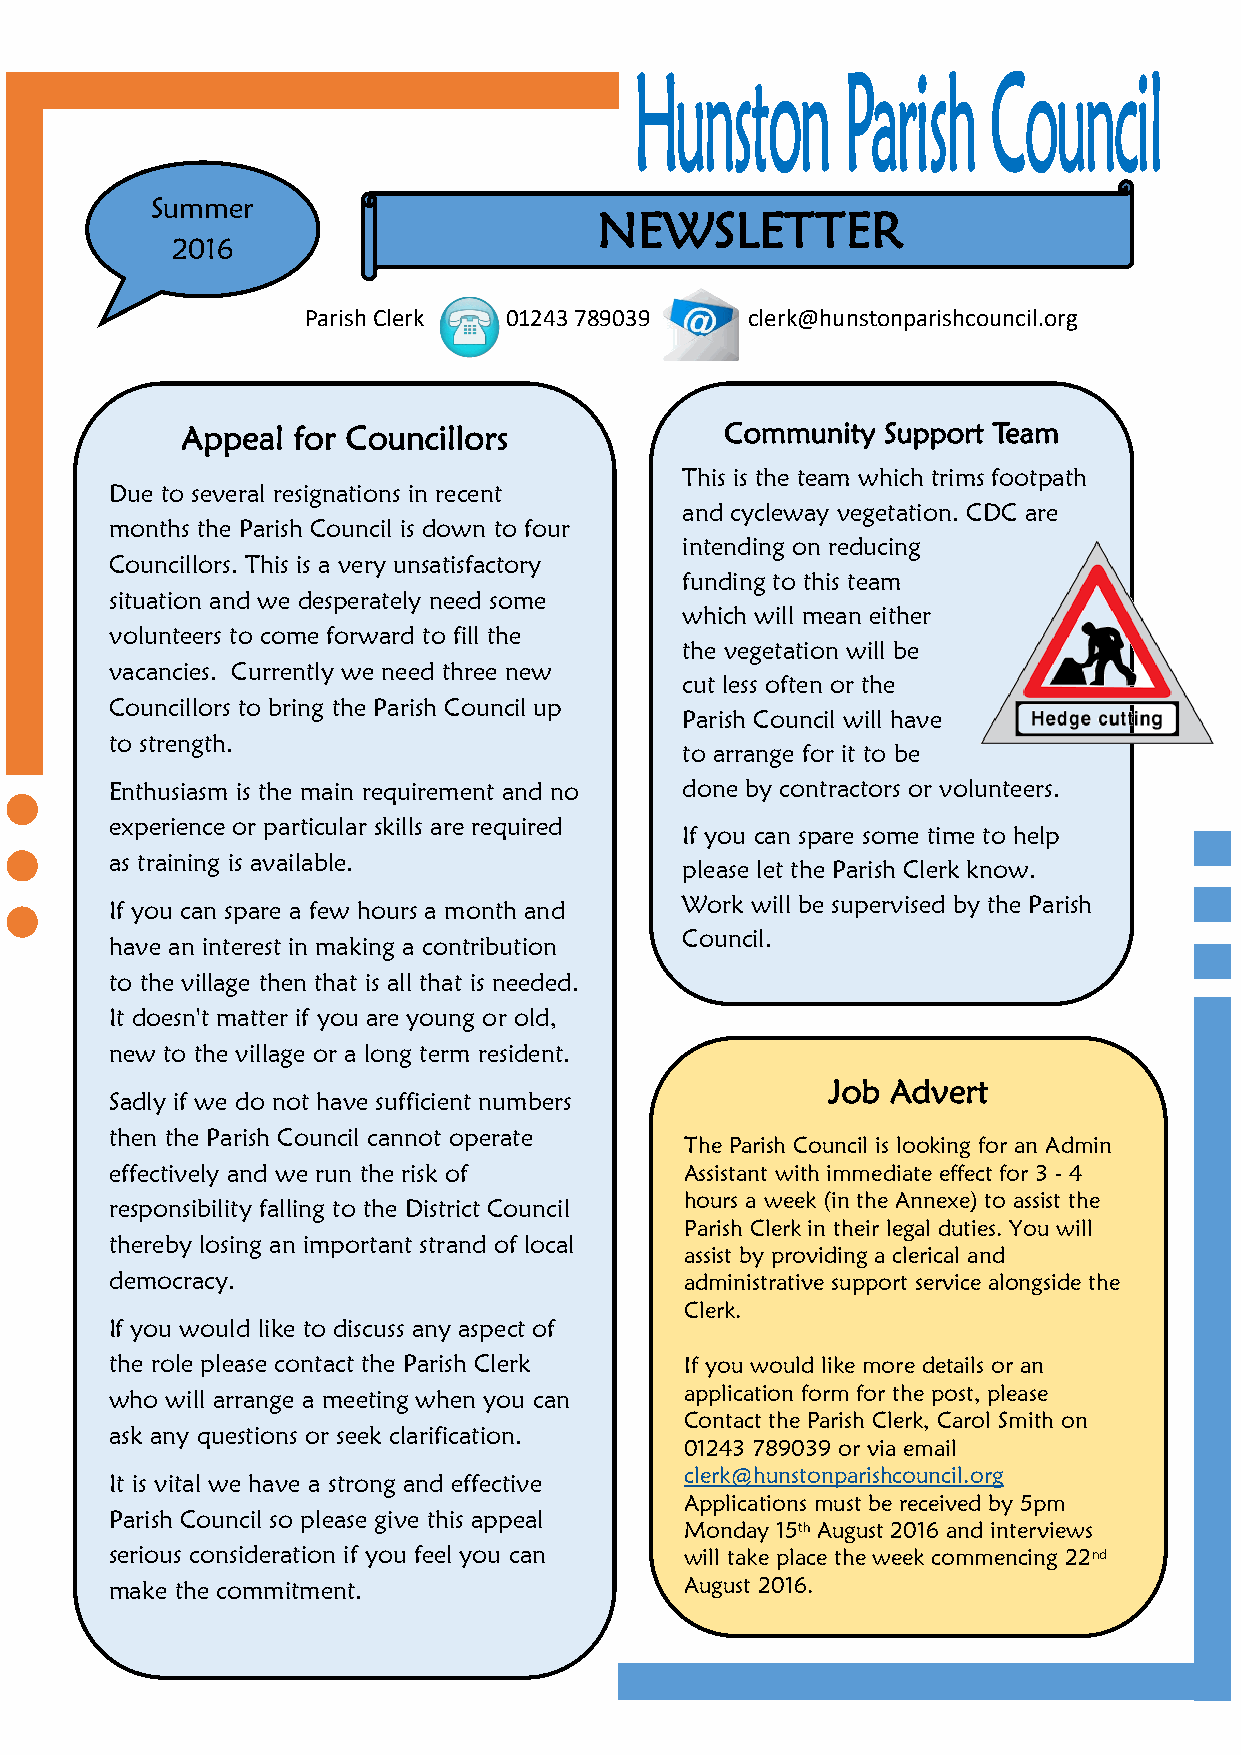
Summer
 NEWSLETTER
 2016
 Parish Clerk 01243 789039    clerk@hunstonparishcouncil.org
 Appeal for Councillors              Community  Support Team
 This is the team which trims footpath
 Due to several resignations in recent
 and cycleway vegetation. CDC are
 months the Parish Council is down to four
 intending on reducing
 Councillors. This is a very unsatisfactory
 funding to this team
 situation and we desperately need some
 which will mean either
 volunteers to come forward to fill the
 the vegetation will be
 vacancies. Currently we need three new
 cut less often or the
 Councillors to bring the Parish Council up
 Parish Council will have
 to strength.
 to arrange for it to be
 Enthusiasm is the main requirement and no done by contractors or volunteers.
 experience or particular skills are required
 If you can spare some time to help
 as training is available.
 please let the Parish Clerk know.
 Work will be supervised by the Parish
 If you can spare a few hours a month and
 Council.
 have an interest in making a contribution
 to the village then that is all that is needed.
 It doesn't matter if you are young or old,
 new to the village or a long term resident.
 Job Advert
 Sadly if we do not have sufficient numbers
 then the Parish Council cannot operate
 The Parish Council is looking for an Admin
 effectively and we run the risk of    Assistant with immediate effect for 3 - 4
 hours a week (in the Annexe) to assist the
 responsibility falling to the District Council
 Parish Clerk in their legal duties. You will
 thereby losing an important strand of local
 assist by providing a clerical and
 democracy.                            administrative support service alongside the
 Clerk.
 If you would like to discuss any aspect of
 the role please contact the Parish Clerk If you would like more details or an
 who will arrange a meeting when you can application form for the post, please
 Contact the Parish Clerk, Carol Smith on
 ask any questions or seek clarification.
 01243 789039 or via email
 clerk@hunstonparishcouncil.org
 It is vital we have a strong and effective
 Applications must be received by 5pm
 Parish Council so please give this appeal
 Monday 15th August 2016 and interviews
 serious consideration if you feel you can will take place the week commencing 22nd
 make the commitment.                  August 2016.